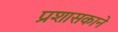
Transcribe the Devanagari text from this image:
प्रशासकाने